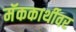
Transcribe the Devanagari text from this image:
मॅककार्थीवर